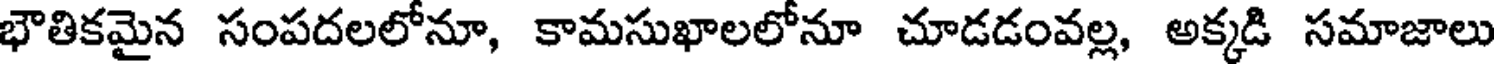
భౌతికమైన సంపదలలోనూ, కామసుఖాలలోనూ చూడడంవల్ల, అక్కడి సమాజాలు